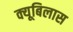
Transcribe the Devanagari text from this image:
क्यूबिलास